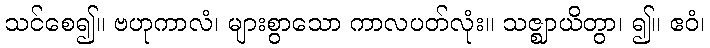
သင်စေ၍။ ဗဟုကာလံ၊ များစွာသော ကာလပတ်လုံး။ သဇ္ဈာယိတွာ၊ ၍။ ဧဝံ၊